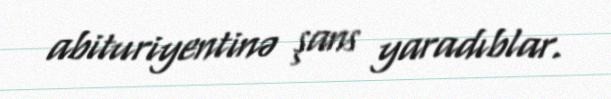
abituriyentinə şans yaradıblar.